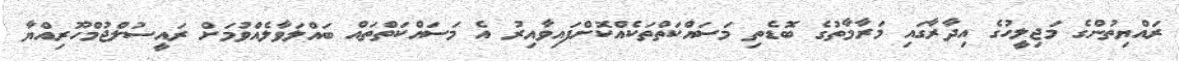
ރައްޔިތުންގެ މަޖިލީހުގެ އިދާރާގައި މަރާމާތުގެ ބޮޑެތި މަސައްކަތްތަކެއްކޮށްފައިވާއިރު އެ މަސައްކަތްތައް ބައްލަވާލެއްވުމަށް ރައީސުލްޖުމްހޫރިއްޔާ